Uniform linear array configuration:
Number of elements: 16
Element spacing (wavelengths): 1
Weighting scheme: kaiser
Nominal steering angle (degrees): -45
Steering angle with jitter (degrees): -46.875
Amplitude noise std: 0.05
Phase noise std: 0.05

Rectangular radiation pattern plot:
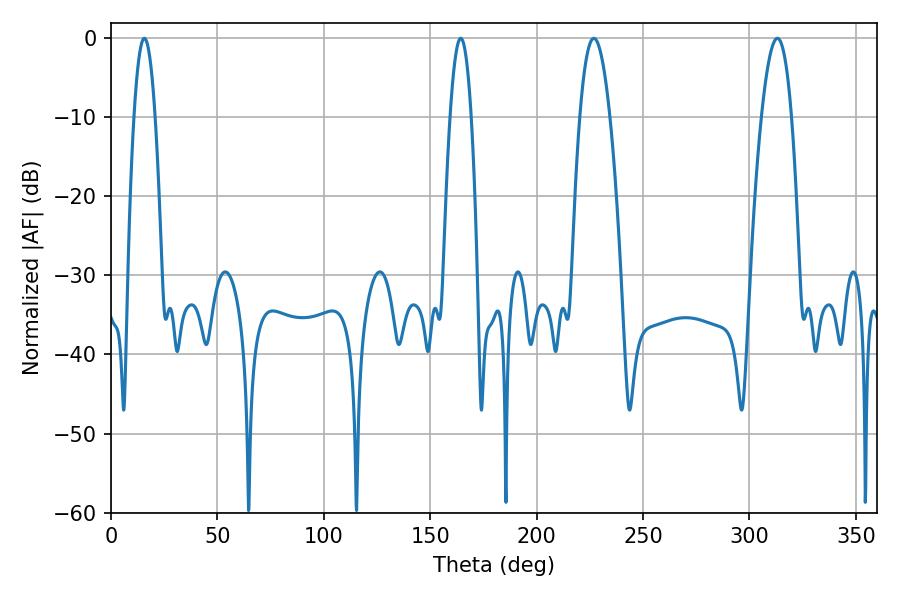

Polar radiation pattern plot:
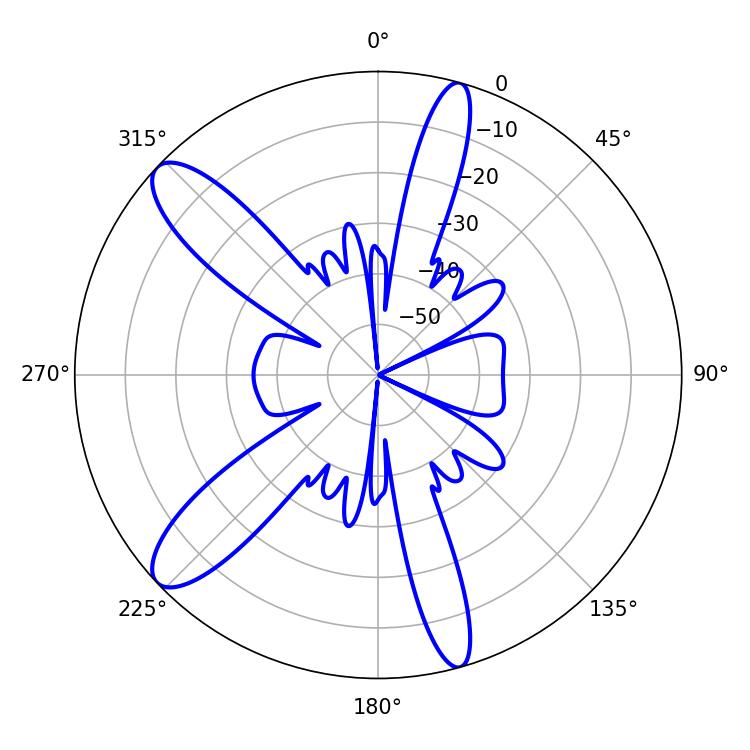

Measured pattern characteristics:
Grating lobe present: TRUE
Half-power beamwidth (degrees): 5.4
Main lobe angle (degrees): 15.66